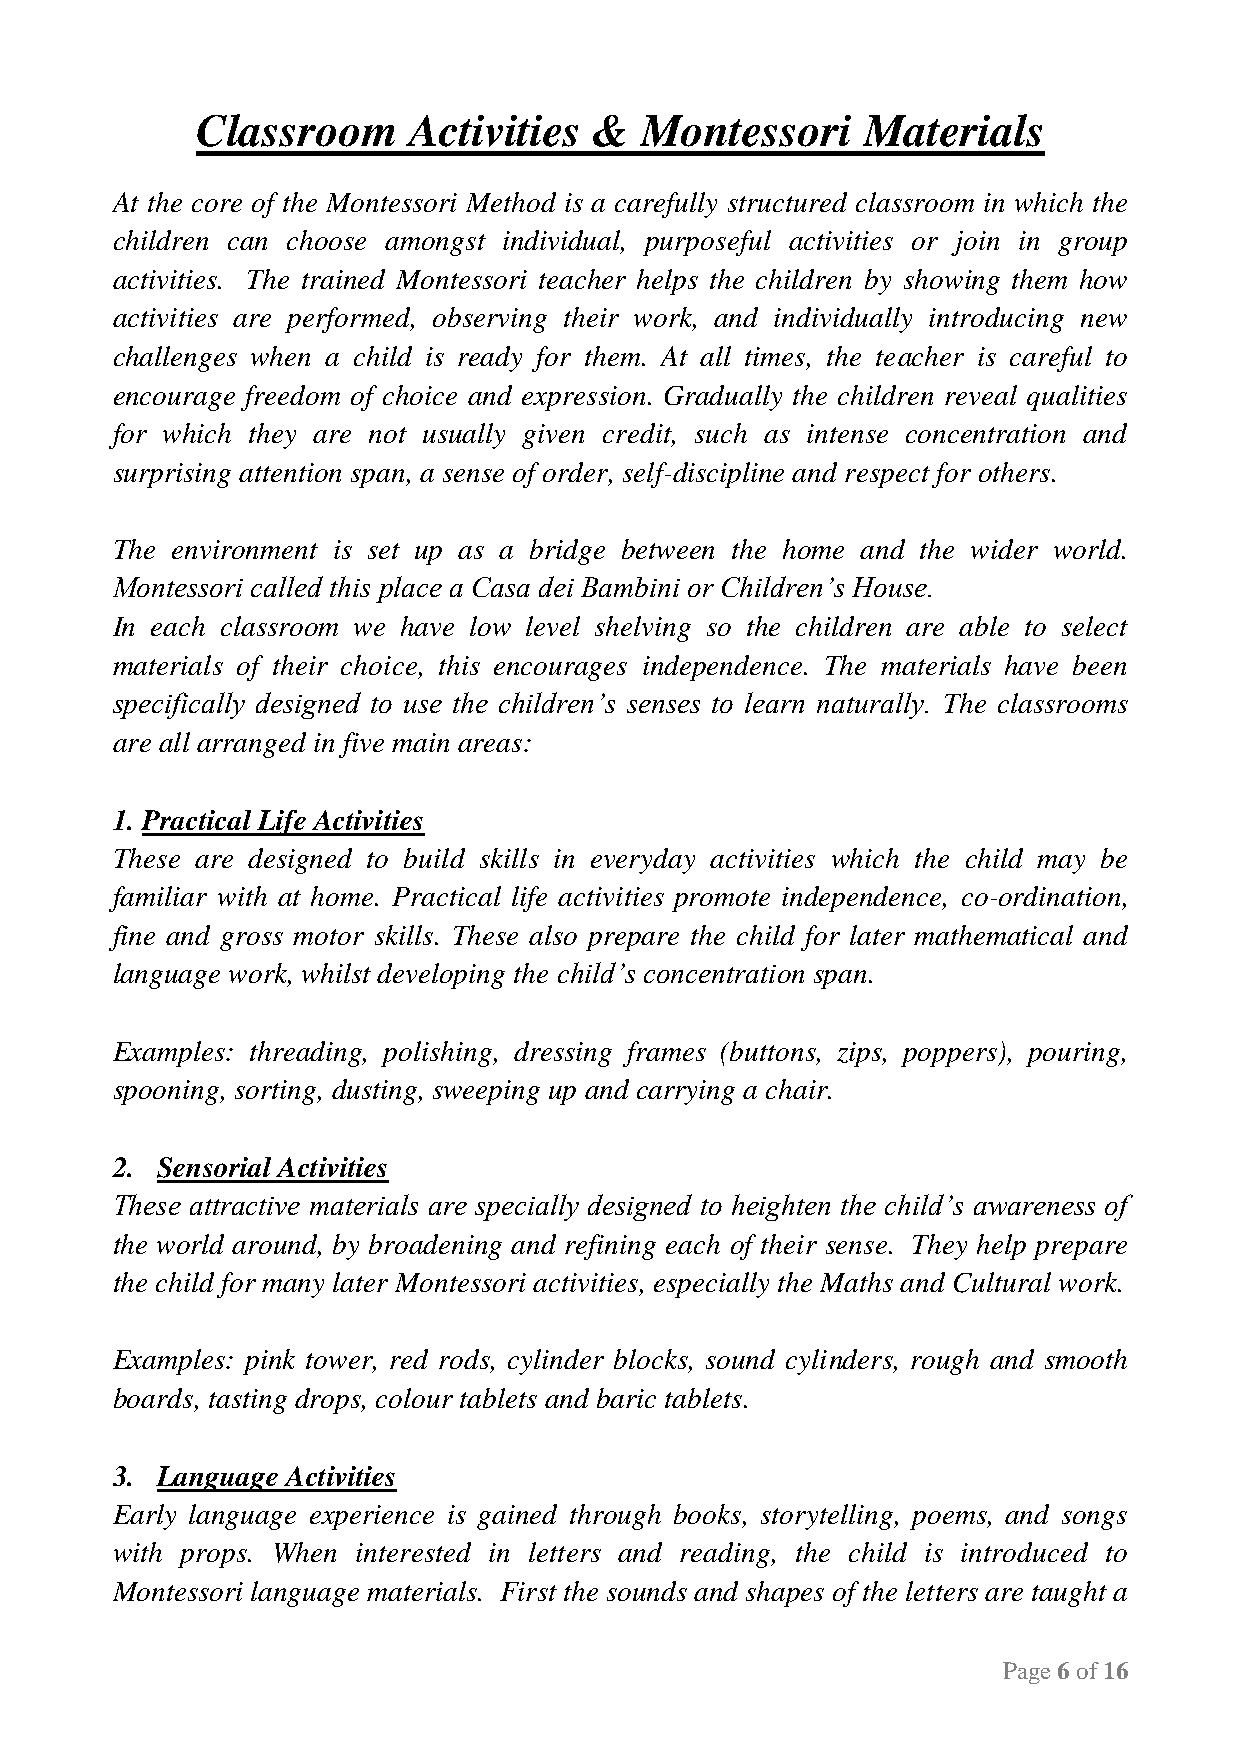
Classroom     Activities  &  Montessori     Materials
 At the core of the Montessori Method is a carefully structured classroom in which the
 children can choose amongst individual, purposeful activities or join in group
 activities. The trained Montessori teacher helps the children by showing them how
 activities are performed, observing their work, and individually introducing new
 challenges when a child is ready for them. At all times, the teacher is careful to
 encourage freedom of choice and expression. Gradually the children reveal qualities
 for which they are not usually given credit, such as intense concentration and
 surprising attention span, a sense of order, self-discipline and respect for others.
 The environment is set up as a bridge between the home and the wider world.
 Montessori called this place a Casa dei Bambini or Children’s House.
 In each classroom we have low level shelving so the children are able to select
 materials of their choice, this encourages independence. The materials have been
 specifically designed to use the children’s senses to learn naturally. The classrooms
 are all arranged in five main areas:
 1. Practical Life Activities
 These are designed to build skills in everyday activities which the child may be
 familiar with at home. Practical life activities promote independence, co-ordination,
 fine and gross motor skills. These also prepare the child for later mathematical and
 language work, whilst developing the child’s concentration span.
 Examples: threading, polishing, dressing frames (buttons, zips, poppers), pouring,
 spooning, sorting, dusting, sweeping up and carrying a chair.
 2. Sensorial Activities
 These attractive materials are specially designed to heighten the child’s awareness of
 the world around, by broadening and refining each of their sense. They help prepare
 the child for many later Montessori activities, especially the Maths and Cultural work.
 Examples: pink tower, red rods, cylinder blocks, sound cylinders, rough and smooth
 boards, tasting drops, colour tablets and baric tablets.
 3. Language Activities
 Early language experience is gained through books, storytelling, poems, and songs
 with props. When interested in letters and reading, the child is introduced to
 Montessori language materials. First the sounds and shapes of the letters are taught a
 Page 6 of 16